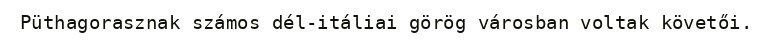
Püthagorasznak számos dél-itáliai görög városban voltak követői.